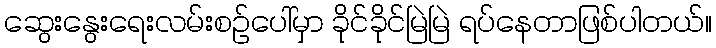
ဆွေးနွေးရေးလမ်းစဉ်ပေါ်မှာ ခိုင်ခိုင်မြဲမြဲ ရပ်နေတာဖြစ်ပါတယ်။